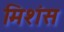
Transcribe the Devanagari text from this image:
मिशंस